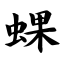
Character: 蜾